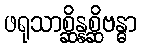
ဖရုသာစ္ဆိန္နစ္ဆိဗန္ဓာ